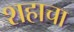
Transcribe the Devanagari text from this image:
शहाचा